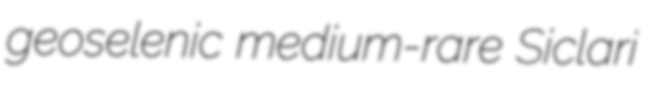
geoselenic medium-rare Siclari